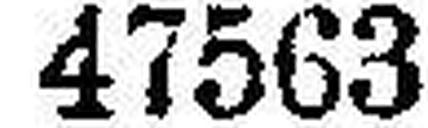
47563